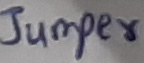
Text: Jumper